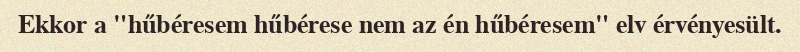
Ekkor a "hűbéresem hűbérese nem az én hűbéresem" elv érvényesült.